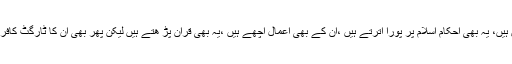
ان کی بھی داڑھیاں ہیں، یہ بھی احکام اسلام پر پورا اترتے ہیں ،ان کے بھی اعمال اچھے ہیں ،یہ بھی قران پڑ ھتے ہیں لیکن پھر بھی ان کا ٹارگٹ کافر نہیں مسلمان کیوں۔